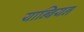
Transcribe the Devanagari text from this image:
यान्बियन